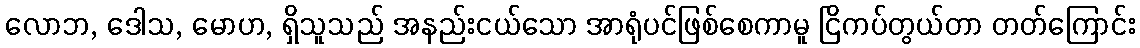
လောဘ, ဒေါသ, မောဟ, ရှိသူသည် အနည်းငယ်သော အာရုံပင်ဖြစ်စေကာမူ ငြိကပ်တွယ်တာ တတ်ကြောင်း